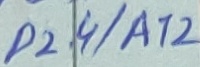
Text: P2.4/A12